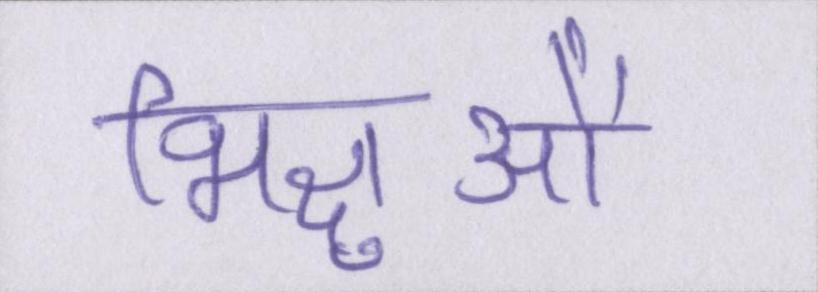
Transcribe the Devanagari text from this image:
भिक्षुओं